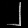
Digit: ၂